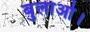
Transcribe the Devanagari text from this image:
बुलाओ।